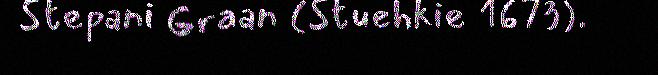
Stepani Graan (Stuehkie 1673).